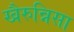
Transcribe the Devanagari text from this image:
खैरुन्निसा